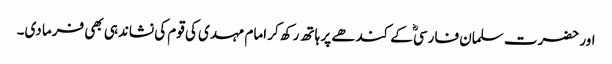
اور حضرت سلمان فارسیؓ کے کندھے پر ہاتھ رکھ کر امام مہدی کی قوم کی نشاندہی بھی فرما دی۔